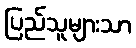
ပြည်သူများသာ